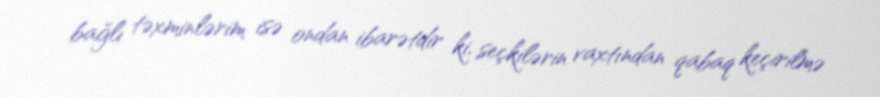
bağlı təxminlərim isə ondan ibarətdir ki, seçkilərin vaxtından qabaq keçirilmə